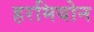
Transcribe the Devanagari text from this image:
हरमियोन